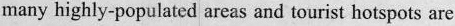
many highly-populated areas and tourist hotspots are